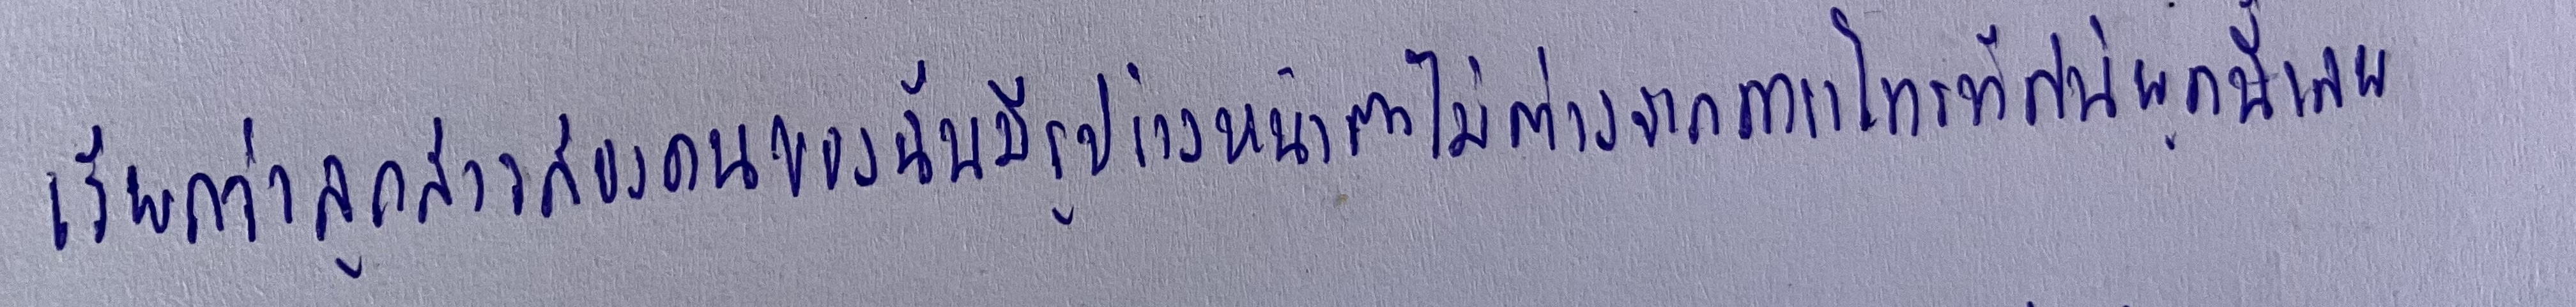
เรียกว่าลูกสาวสองคนของฉันมีรูปร่างหน้าตาไม่ต่างจากดาราโทรทัศน์ยุคนี้เลย